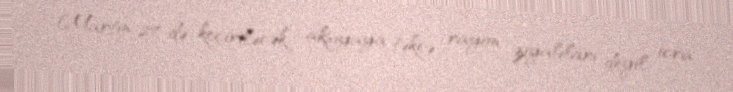
Martın 27-də keçiriləcək aksiyaya təkcə rayon ziyalıları deyil, icra